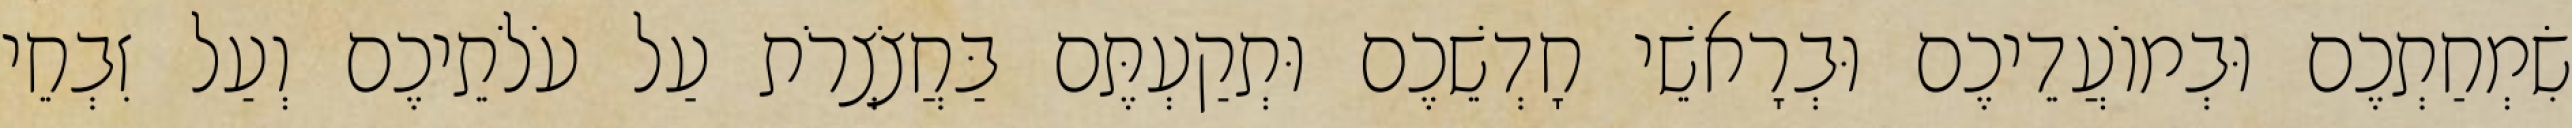
שִׂמְחַתְכֶם וּבְמוֹעֲדֵיכֶם וּבְרָאשֵׁי חָדְשֵׁכֶם וּתְקַעְתֶּם בַּחֲצֹצְרֹת עַל עֹלֹתֵיכֶם וְעַל זִבְחֵי